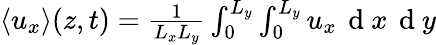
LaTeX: \begin{array}{r}{\langle u_{x}\rangle(z,t)=\frac{1}{L_{x}L_{y}}\int_{0}^{L_{y}}\int_{0}^{L_{y}}u_{x}\, \mathrm{~d~}x\, \mathrm{~d~}y}\end{array}